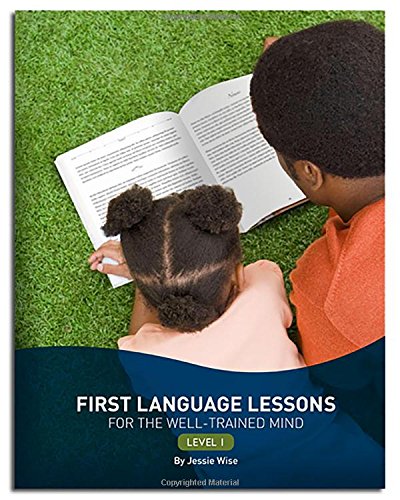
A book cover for First Language Lessons for the Well-Trained Mind: Level 1 (Second Edition)  (First Language Lessons); Jessie Wise; Education & Teaching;